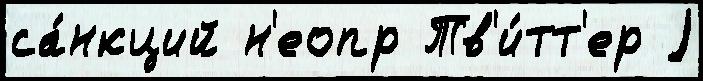
са́нкций н'еопр Тв'и́тт'ер j